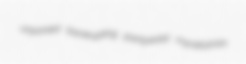
unparsed bankrupting pantywaist mycetozoan